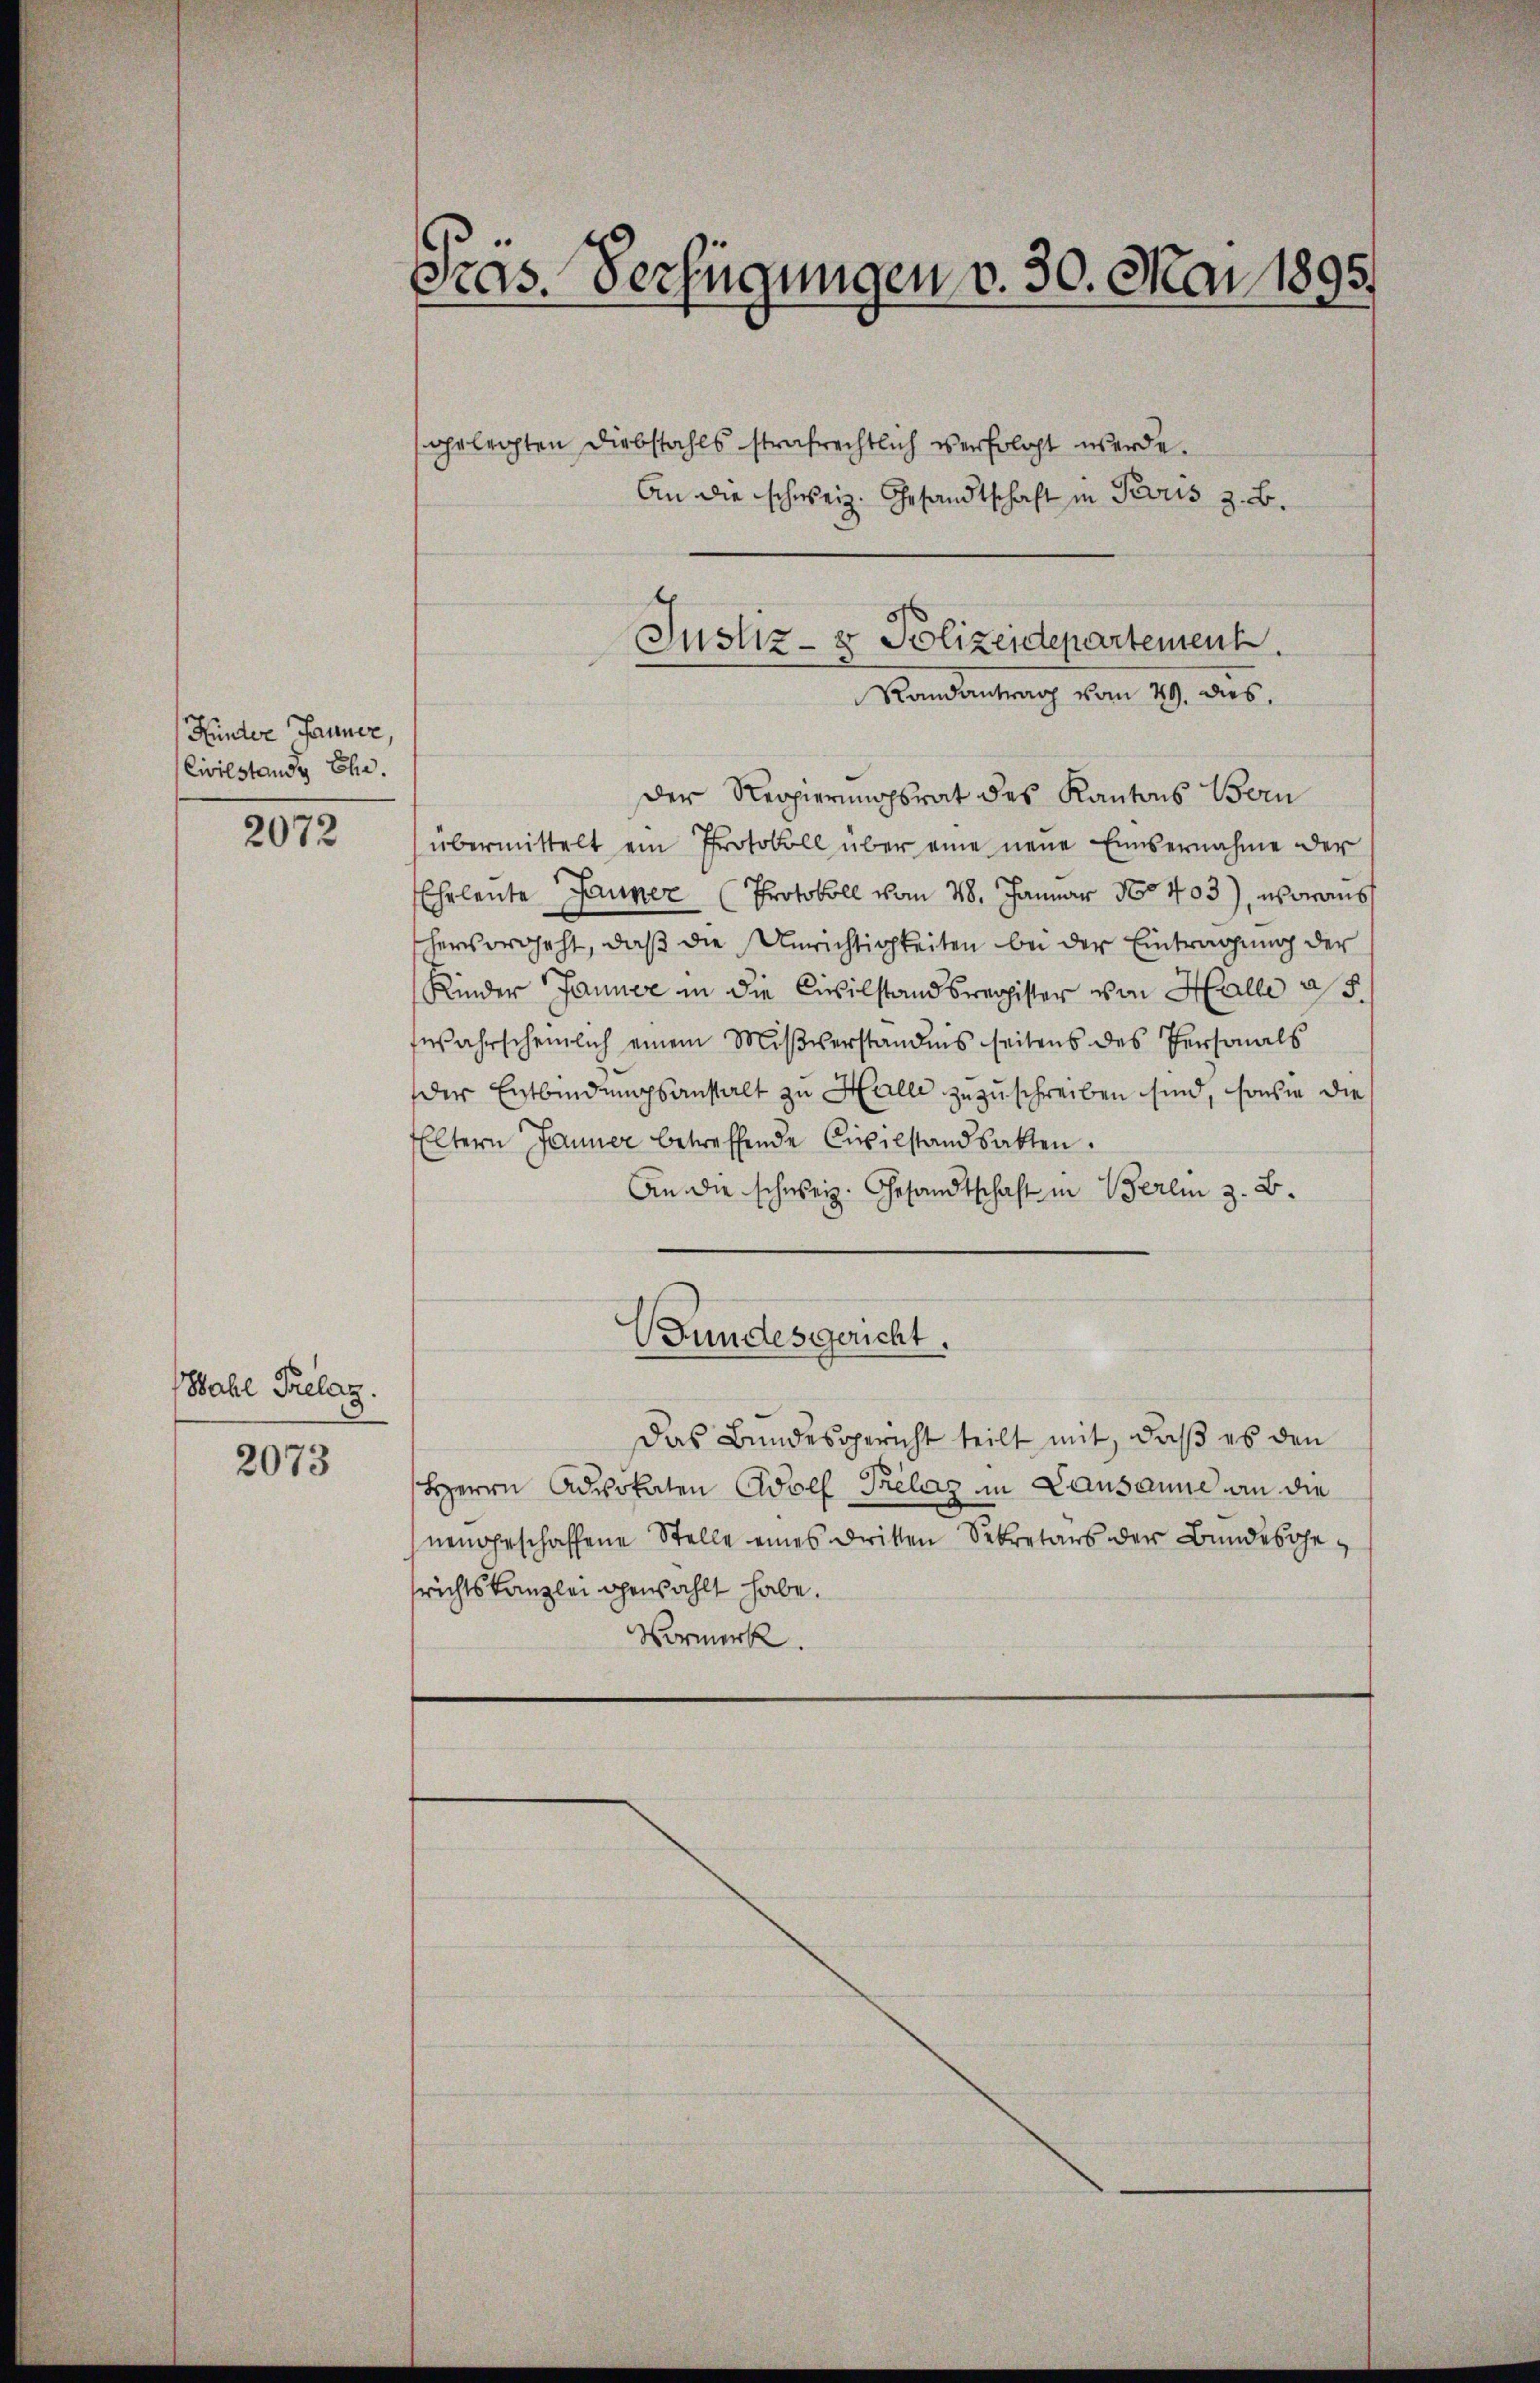
Hünter Jauner,
Civilstande Ehe.

2072

Wahl Prelaz.

2073

Segs. Verfügungen v. 30. Mai 1895

gelegten Diebstahls strafrechtlich verfolgt werde.
An die schweiz. Gesandtschaft in Paris z. B.
Der Regierungsrat des Kantons Bern
übermittelt ein Protokoll über eine neue Einvernahme der
Ehrleute Jauner (Protokoll vom 28. Januar 180403), worauss
hervorgeht, daß die Unrichtigkeiten bei der Eintragung der
Rinder Jauner in die Civilstandsregister von Halle a
wahrscheinlich einem Miβverständnis seitens des Personals
der Entbindungsanstalt zu Halle zuzuschreiben sind, sowie die
Eltern Jänner betreffende Civilstandsatten.
An die schweiz. Gesandtschaft in Berlin z. B.
Gundesgericht.
Das Bundesgericht teilt mit, daß es den
Herrn Advokaten Adolf Prélaz in Lausanne an die
nengeschaffene Stelle eines dritten Sekretärs der Bundesgerichtskanzlei gewählt habe.
Vormerk.

Justiz- & Polizeidepartement.
Randantrag vom 29. dies